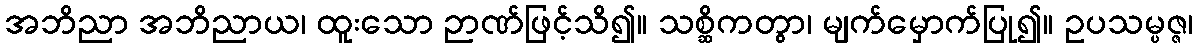
အဘိညာ အဘိညာယ၊ ထူးသော ဉာဏ်ဖြင့်သိ၍။ သစ္ဆိကတွာ၊ မျက်မှောက်ပြု၍။ ဥပသမ္ပဇ္ဇ၊